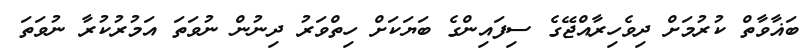
ބަޣާވާތް ކުރުމަށް ދިވެހިރާއްޖޭގެ ސިފައިންގެ ބަޔަކަށް ހިތްވަރު ދިނުން ނުވަތަ އަމުރުކުރާ ނުވަތަ